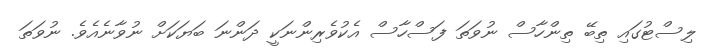
ލިސްޓުގައި ތިބޭ ތިންހާސް ނުވަތަ ފަސްހާސް އެކުވެރިންނަކީ ދަންނަ ބަޔަކަށް ނުވާނެއެވެ. ނުވަތަ